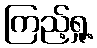
ကြည့်ရှု့